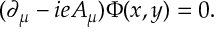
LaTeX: ( \partial _ { \mu } - i e A _ { \mu } ) \Phi ( x , y ) = 0 .